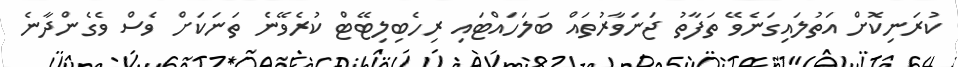
ކުރަނިކޮށް އަތުލައިގަނެވޭ ތަފާތު ޖަނަވާރުތައް ބަލަހައްޓައި ރިހެބިލިޓޭޓް ކުރެވޭނެ ތަނަކަށް ވެސް ވެގެންދާނެ